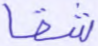
شقا